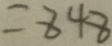
= 8 4 8